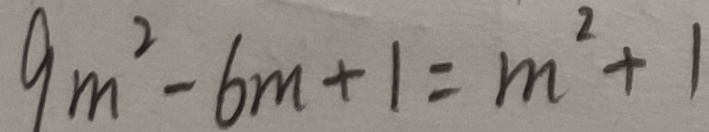
9 m ^ { 2 } - 6 m + 1 = m ^ { 2 } + 1